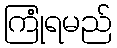
ကြုံရမည်